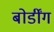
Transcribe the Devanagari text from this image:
बोर्डींग